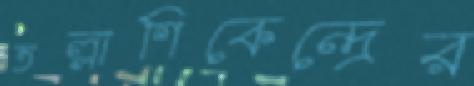
তল্লাশিকেন্দ্রের